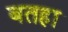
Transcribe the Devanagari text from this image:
बतहा